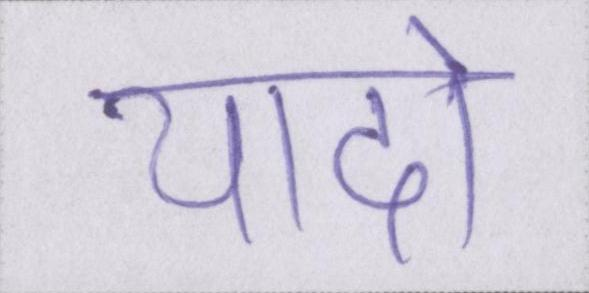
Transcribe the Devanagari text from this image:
यादो